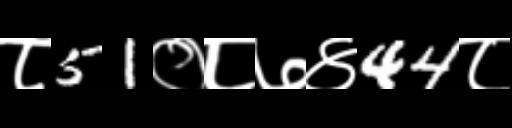
Text: ८51०८७४44८